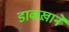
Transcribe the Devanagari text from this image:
डाकख़ाने